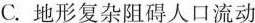
C.地形复杂阻碍人口流动